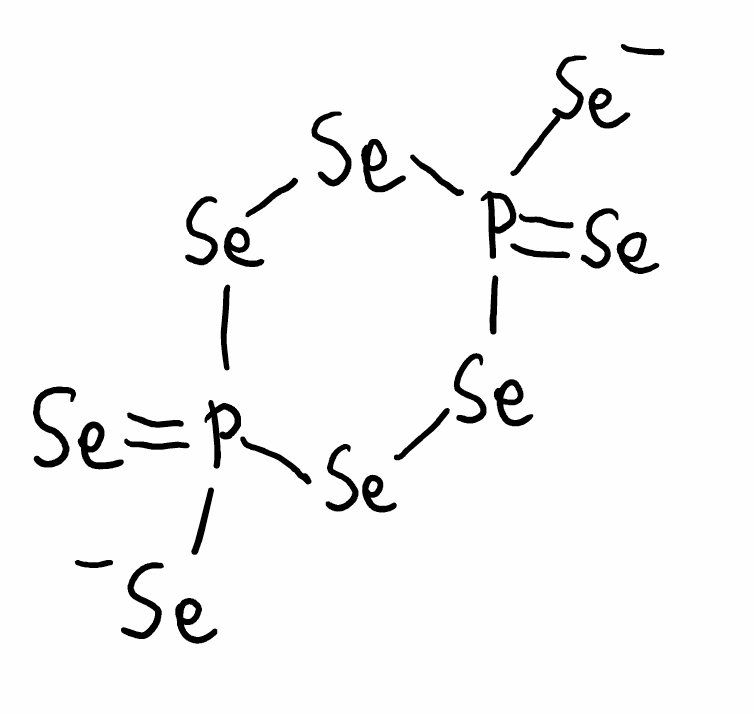
Simplified molecular-input line-entry system (SMILES) notation of the given molecule:
P1(=[Se])([Se][Se]P(=[Se])([Se][Se]1)[Se-])[Se-]